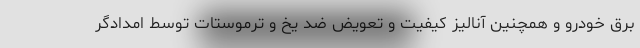
برق خودرو و همچنین آنالیز کیفیت و تعویض ضد یخ و ترموستات توسط امدادگر